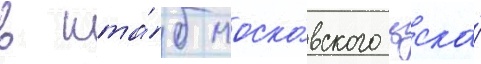
в шта́б моско́вского цска́